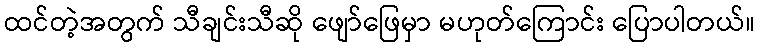
ထင်တဲ့အတွက် သီချင်းသီဆို ဖျော်ဖြေမှာ မဟုတ်ကြောင်း ပြောပါတယ်။